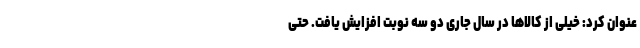
عنوان کرد: خیلی از کالاها در سال جاری دو سه نوبت افزایش یافت. حتی